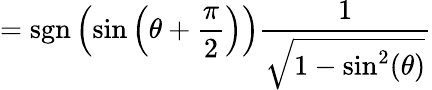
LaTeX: =\operatorname{sgn}\left(\sin\left(\theta+{\frac{\pi}{2}}\right)\right){\frac{1}{\sqrt{1-\sin^{2}(\theta)}}}